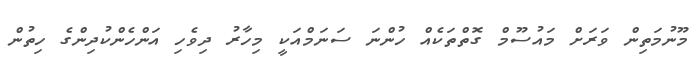
މޫނުމަތިން ވަރަށް މައުސޫމް ގޮތްތަކެއް ހުންނަ ސަނަމްއަކީ މިހާރު ދިވެހި އަންހެންކުދިންގެ ހިތުން